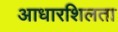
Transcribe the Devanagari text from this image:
आधारशिलता